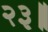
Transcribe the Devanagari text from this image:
२३॥